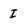
Character: I